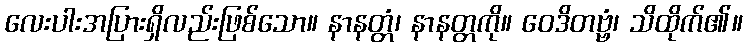
လေးပါးအပြားရှိလည်းဖြစ်သော။ နာနတ္တံ၊ နာနတ္တကို။ ဝေဒိတဗ္ဗံ၊ သိထိုက်၏။